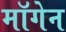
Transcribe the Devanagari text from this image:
मॉगेन